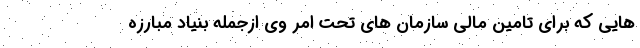
هایی که برای تامین مالی سازمان های تحت امر وی ازجمله بنیاد مبارزه